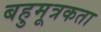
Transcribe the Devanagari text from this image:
बहुमूत्रकता